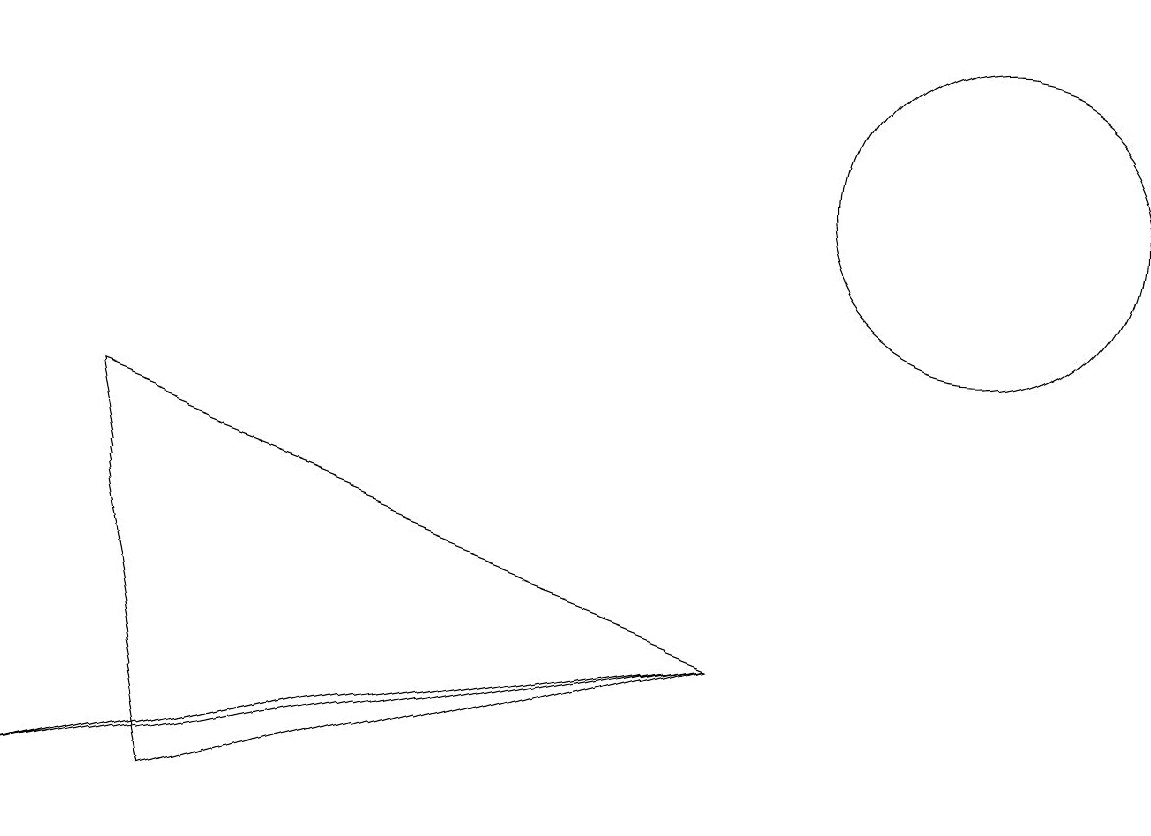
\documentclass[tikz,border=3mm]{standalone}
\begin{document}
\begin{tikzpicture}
\draw (9,5) -- (2,3) -- (1,8) -- cycle;
\draw (12,11) circle (2);
\draw (0,3) -- (4,4) -- (9,5) -- cycle;
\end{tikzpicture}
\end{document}